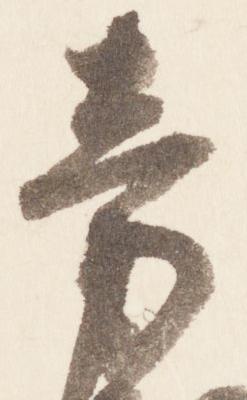
旁